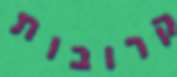
קרובות